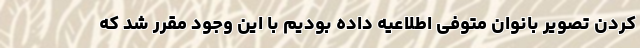
کردن تصویر بانوان متوفی اطلاعیه داده بودیم با این وجود مقرر شد که